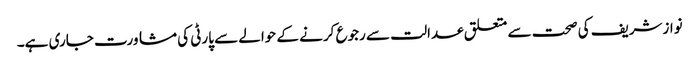
نوازشریف کی صحت سے متعلق عدالت سے رجوع کرنے کے حوالے سے پارٹی کی مشاورت جاری ہے۔